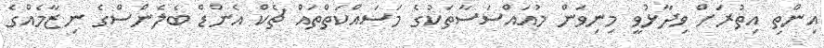
އިންތި އިތުރަށް ވިދާޅުވީ މިނިވަން މުއައްސަސާތަކުގެ މަސައްކަތްތައް ޗެކް އެންޑް ބެލެންސްގެ ނިޒާމެއްގެ